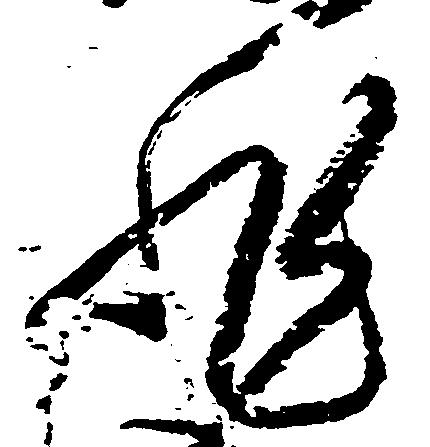
非